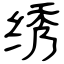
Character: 绣